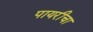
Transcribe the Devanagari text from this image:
पायरीचा